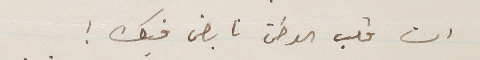
ان قلب الوطن نابض فيك!